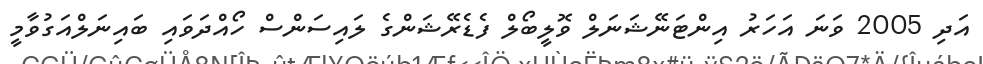
އަދި 2005 ވަނަ އަހަރު އިންޓަނޭޝަނަލް ވޮލީބޯލް ފެޑެރޭޝަންގެ ލައިސަންސް ހޯއްދަވައި ބައިނަލްއަގުވާމީ